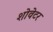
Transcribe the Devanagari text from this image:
शोवेटर